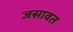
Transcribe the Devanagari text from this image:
जसावत